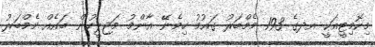
މިކޮމިޓީއަކީ އދގެ 193 މެމްބަރު ގައުމު ހިމެނޭ އާންމު މަޖިލީހުން ބައެއް މެމްބަރު